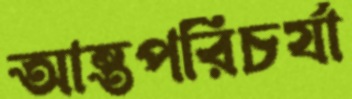
আন্তপরিচর্যা